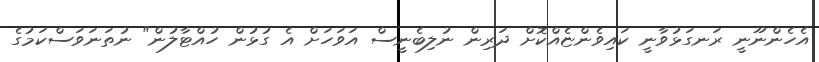
އެހެންނޫނީ ރަނގަޅުވާނީ ކައިވެންޏެއްކޮށް ދަރިން ނުލިބެނީސް އަވަހަށް އެ ގުޅުން ހުއްޓާލުން" ނުތަނަވަސްކަމުގެ